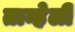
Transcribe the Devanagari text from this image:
तान्हेली